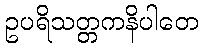
ဥပရိသတ္တကနိပါတေ